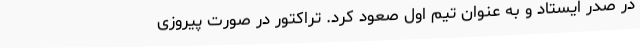
در صدر ایستاد و به عنوان تیم اول صعود کرد. تراکتور در صورت پیروزی